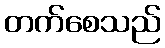
တက်စေသည်